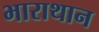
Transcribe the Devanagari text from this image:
भाराथान